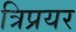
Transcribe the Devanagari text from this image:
त्रिप्रयर